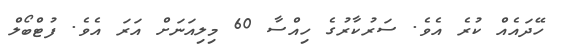
ހޭދައެއް ކުރެ އެވެ. ސަރުކާރުގެ ހިއްސާ 60 މިލިއަނަށް އަރަ އެވެ. ފުޓްބޯލް